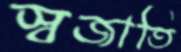
স্বজাতি